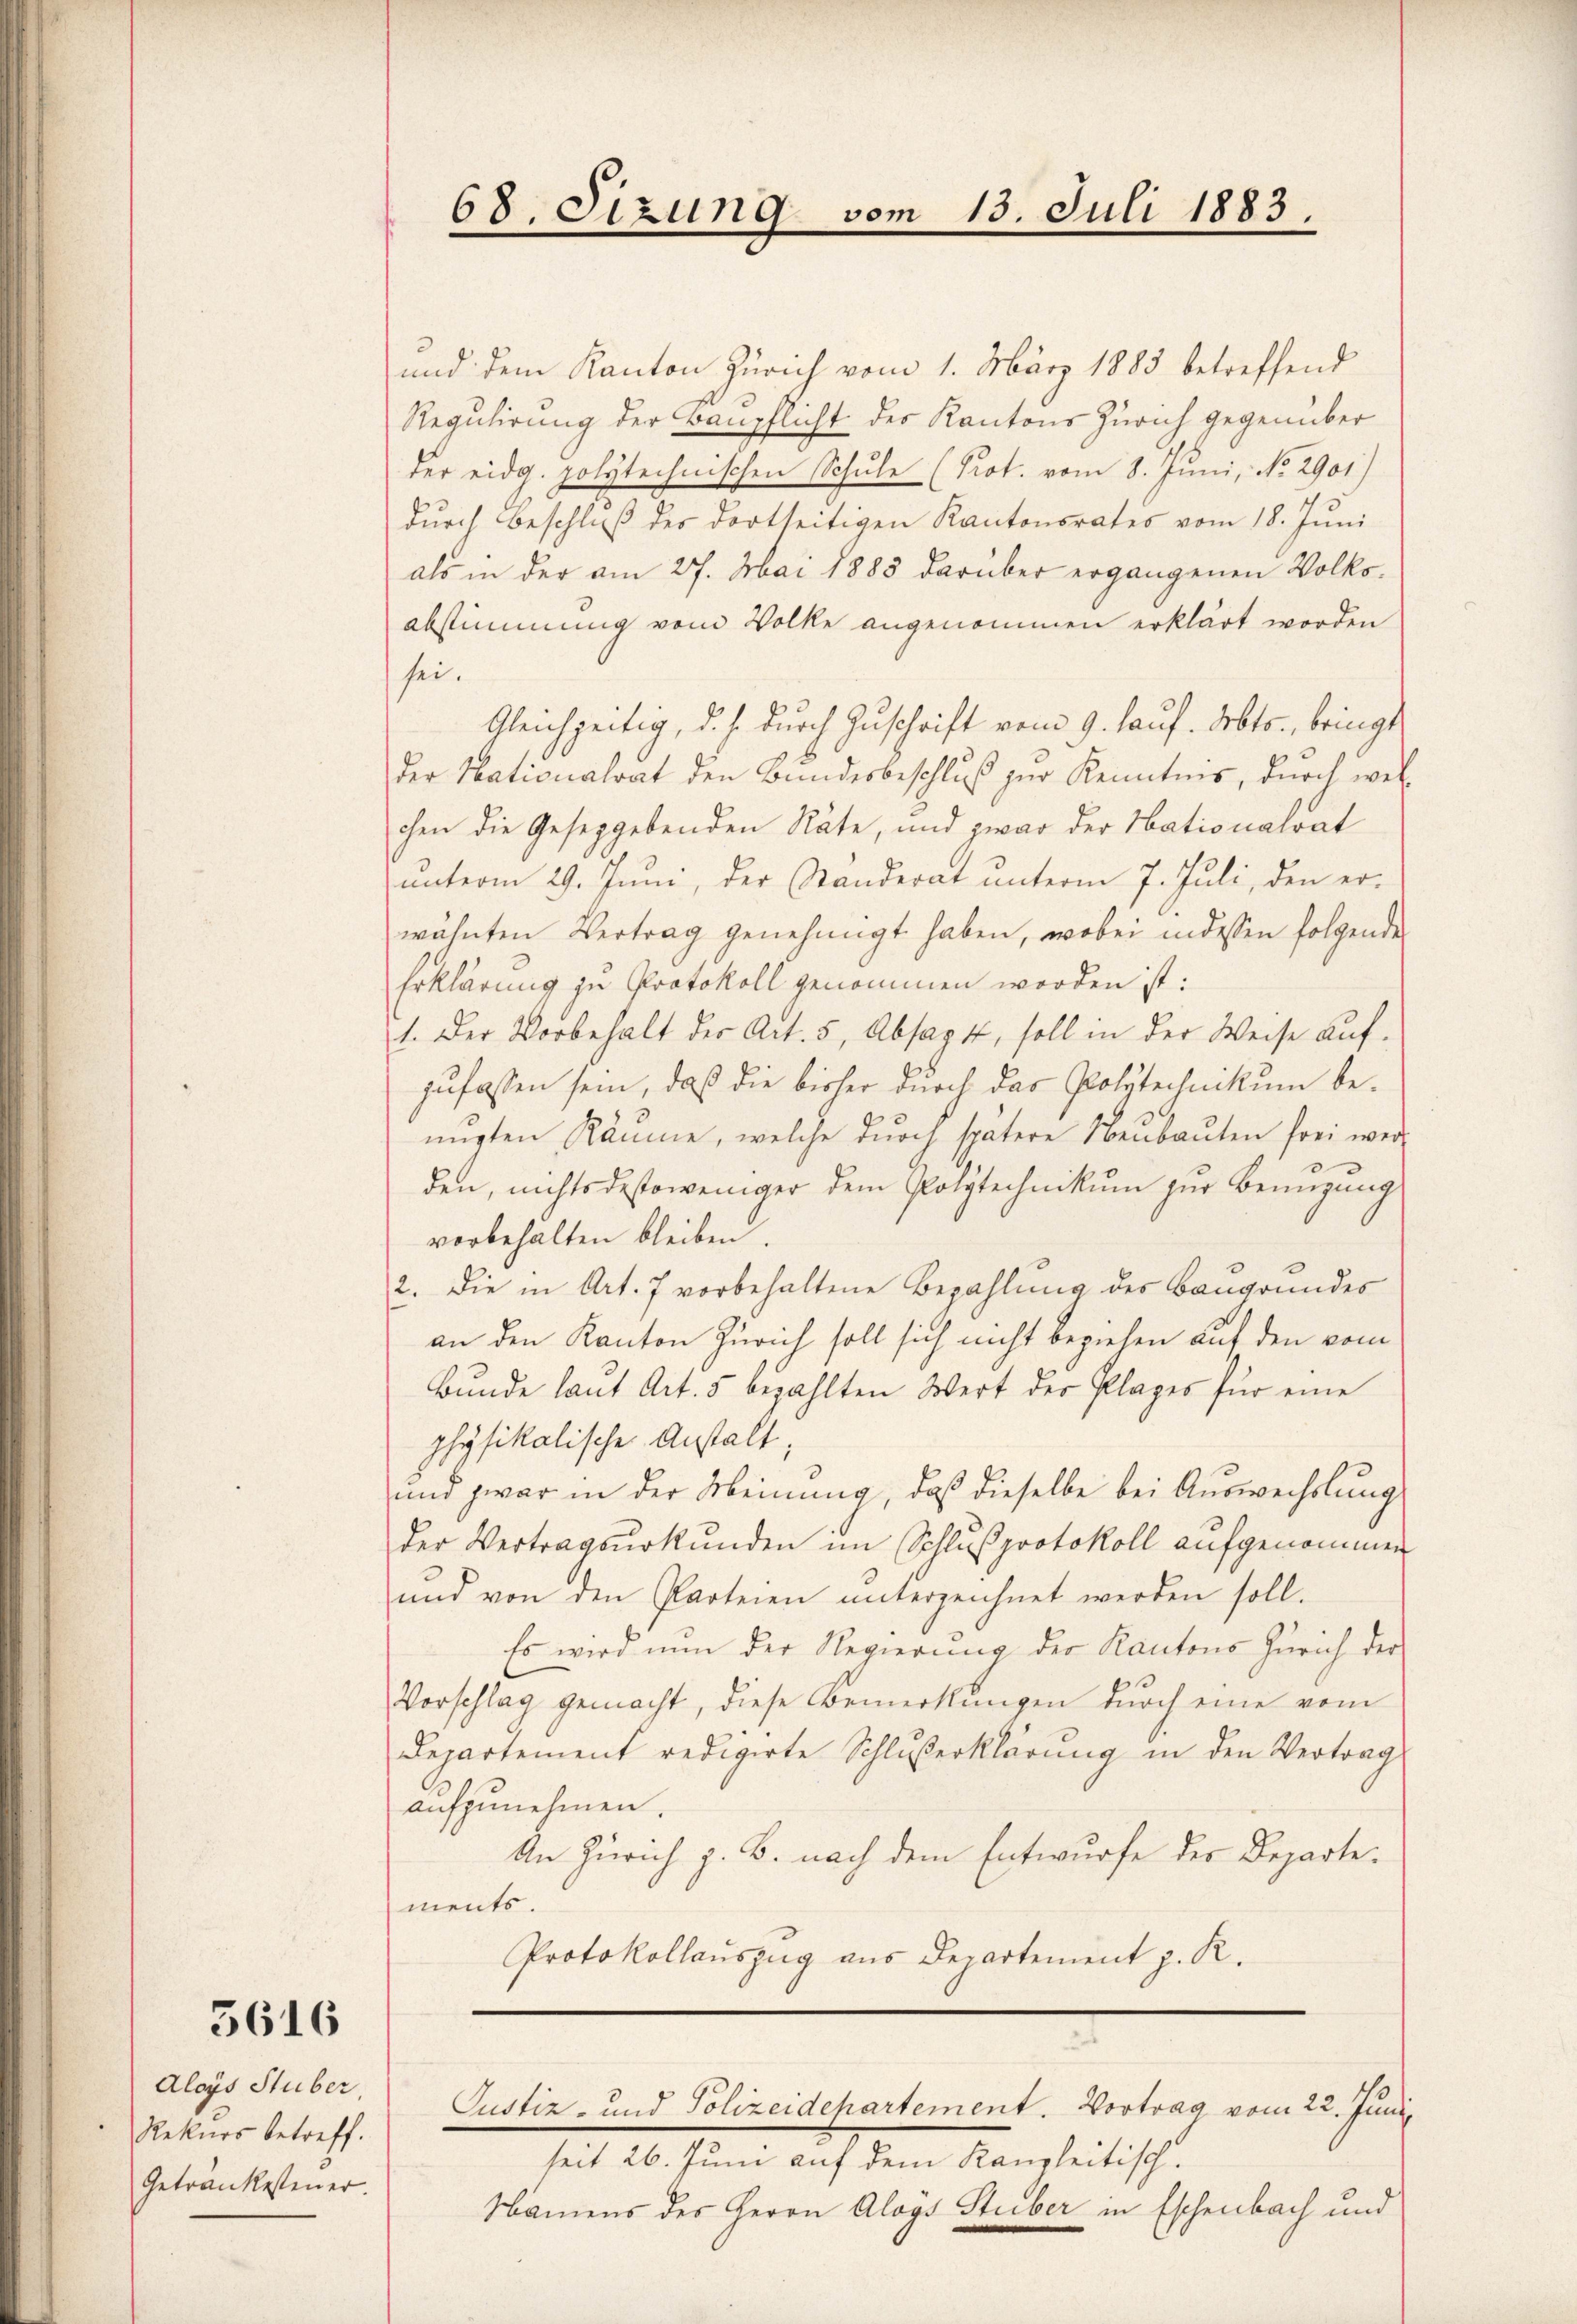
5616

Aloys Stuber,
Rekurs betreff.
Getrankesteuer.

und dem Kanton Zürich vom 1. März 1883 betreffend
Regulirung der Baupflicht des Kantons Zürich gegenüber
der eidg. polytechnischen Schule (Prot. vom 8. Juni, No. 2901)
durch Beschlŭβ des dortseitigen Kantonsrates vom 18. Jŭni
als in der am 27. Mai 1883 darüber ergangenen Volksabstimmung vom Volke angenommen erklärt worden
sei.
Gleichzeitig, d. J. durch Zuschrift vom 9. lauf. Arbts., bringt
der Nationalrat den Bundesbeschluß zur Kenntnis, durch welchen die Geseggebenden Räte, und zwar der Nationalrat
ŭnterm 29. Jŭni, der Standerat ŭnterm 7. Juli, den er-
wähnten Vertrag genehmigt haben, wobei indessen folgende
Erklärung zu Protokoll genommen worden ist:
1. Der Vorbehalt der Art. 5, Absagt, soll in der Weise auf-
zufassen sein, daß die bisher durch das Polytechnikum benŭgten Räume, welche dŭrch spätere Neubauten frei wer-
den, nichtsdestoweniger dem Polytechnikum zur Bemügung
vorbehalten bleiben.
2. Die in Art. 7 vorbehaltene Bezahlung des Baugrundes
an den Kanton Zürich soll sich nicht beziehen auf den vom
Bŭnde laut Art. 5 bezahlten Wert der Plages für eine
physikalische Anstalt;
und zwar in der Meinung, daß dieselbe bei Auswechslung
der Vertragsurkunden im Schlußprotokoll aufgenommen
und von den Parteien ŭnterzeichnet werden soll.
Es wird nun der Regierung der Kantons Zürich der
Vorschlag gemacht, diese Bemerkungen durch eine vom
Departement redigirte Schlußerklärung in den Vertrag
aufzunehmen.
An Zürich z. B. nach dem Entwurfe des Departements.
Protokollauszug aus Departement z. R.

68. Sizung vom 13. Juli 1883
.
e

Justiz- und Polizeidchartement. Vortrag vom 22. Juni

seit 26. Juni auf dem Kanzleitisch.
Namens des Herrn Aloys Stuber in Eschenbach und